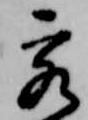
客